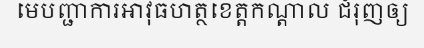
មេបញ្ជាការអាវុធហត្ថខេត្តកណ្តាល ជំរុញឲ្យ